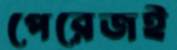
পেরেজই